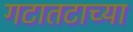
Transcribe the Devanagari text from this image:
गटातटाच्या